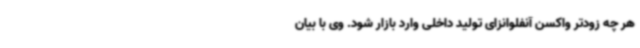
هر چه زودتر واکسن آنفلوانزای تولید داخلی وارد بازار شود. وی با بیان